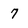
Character: 7